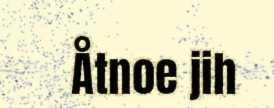
Åtnoe jih